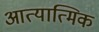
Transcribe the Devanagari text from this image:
आत्यात्मिक